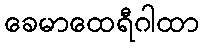
ခေမာထေရီဂါထာ